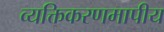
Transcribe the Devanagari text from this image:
व्यक्तिकरणमापीय